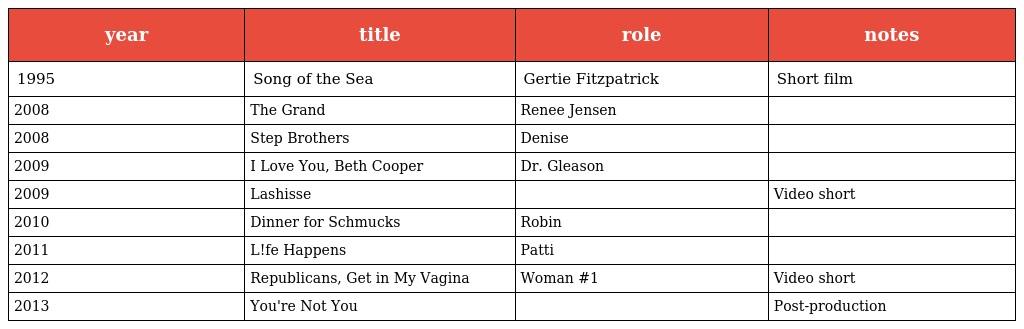
| year | title | role | notes |
 | --- | --- | --- | --- |
 | 1995 | Song of the Sea | Gertie Fitzpatrick | Short film |
 | 2008 | The Grand | Renee Jensen |  |
 | 2008 | Step Brothers | Denise |  |
 | 2009 | I Love You, Beth Cooper | Dr. Gleason |  |
 | 2009 | Lashisse |  | Video short |
 | 2010 | Dinner for Schmucks | Robin |  |
 | 2011 | L!fe Happens | Patti |  |
 | 2012 | Republicans, Get in My Vagina | Woman #1 | Video short |
 | 2013 | You're Not You |  | Post-production |